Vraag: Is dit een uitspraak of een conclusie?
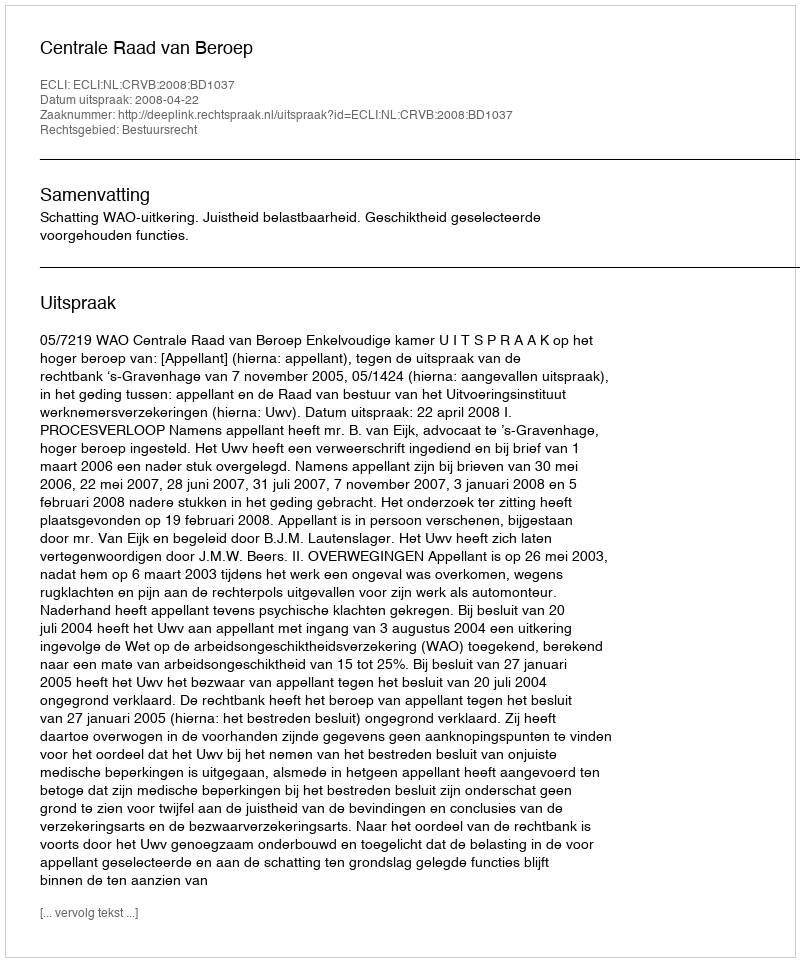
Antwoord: Uitspraak